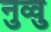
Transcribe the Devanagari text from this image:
नुव्वु